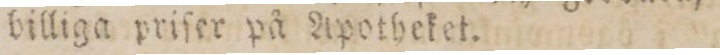
billiga priſer på Apotheket.